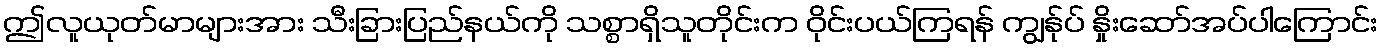
ဤလူယုတ်မာများအား သီးခြားပြည်နယ်ကို သစ္စာရှိသူတိုင်းက ဝိုင်းပယ်ကြရန် ကျွန်ုပ် နှိုးဆော်အပ်ပါကြောင်း